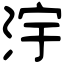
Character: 𣳿